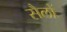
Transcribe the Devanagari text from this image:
सैलों